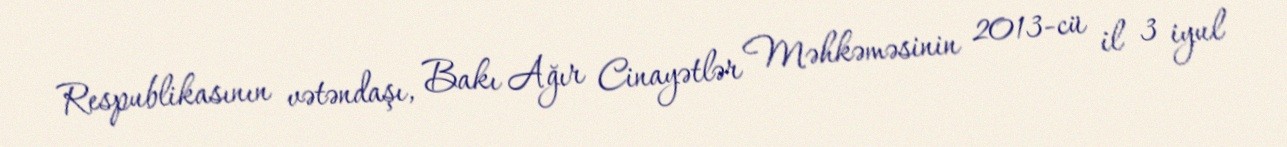
Respublikasının vətəndaşı, Bakı Ağır Cinayətlər Məhkəməsinin 2013-cü il 3 iyul